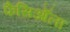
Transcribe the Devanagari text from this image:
फैसिऑला